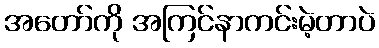
အတော်ကို အကြင်နာကင်းမဲ့တာပဲ